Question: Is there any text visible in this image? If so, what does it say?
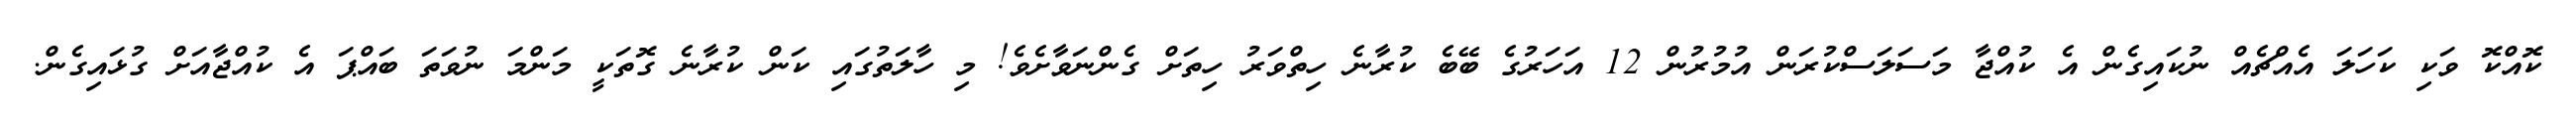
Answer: ކޮއްކޮ ވަކި ކަހަލަ އެއްޗެއް ނުކައިގެން އެ ކުއްޖާ މަސަލަސްކުރަން އުމުރުން 12 އަހަރުގެ ބޭބެ ކުރާނެ ހިތްވަރު ހިތަށް ގެންނަވާށެވެ! މި ހާލަތުގައި ކަން ކުރާނެ ގޮތަކީ މަންމަ ނުވަތަ ބައްޕަ އެ ކުއްޖާއަށް ގުޅައިގެން.